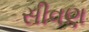
સીવણ